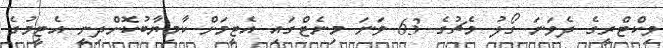
ވިކްޓްރީގެ ދެވަނަ ގޯލު މެޗުގެ 63 ވަނަ މިނެޓްގައި އެޓީމަށް ކާމިޔާބުކޮށްދިނީ އެޓީމުގެ